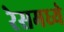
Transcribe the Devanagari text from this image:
रेसमध्ये